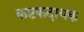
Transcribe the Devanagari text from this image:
कष्टकदायक